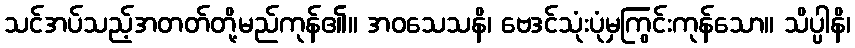
သင်အပ်သည့်အတတ်တို့မည်ကုန်၏။ အဝသေသနိ၊ ဗေဒင်သုံးပုံမှကြွင်းကုန်သော။ သိပ္ပါနိ၊